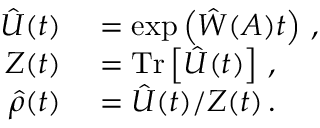
\begin{array} { r l } { \hat { U } ( t ) } & { { } = \exp \left( \hat { W } ( A ) t \right) \, , } \\ { Z ( t ) } & { { } = \mathrm { T r } \left[ \hat { U } ( t ) \right] \, , } \\ { \hat { \rho } ( t ) } & { { } = \hat { U } ( t ) / Z ( t ) \, . } \end{array}